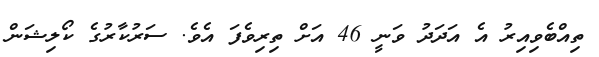
ތިއްބެވިއިރު އެ އަދަދު ވަނީ 46 އަށް ތިރިވެފަ އެވެ. ސަރުކާރުގެ ކޯލިޝަން